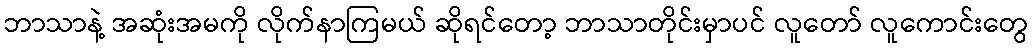
ဘာသာနဲ့ အဆုံးအမကို လိုက်နာကြမယ် ဆိုရင်တော့ ဘာသာတိုင်းမှာပင် လူတော် လူကောင်းတွေ